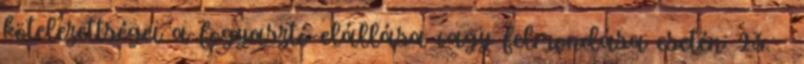
kötelezettségei a fogyasztó elállása vagy felmondása esetén: 23. §